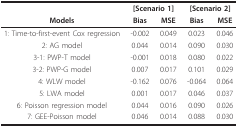
|  | <COLSPAN=2> [Scenario 1] | <COLSPAN=2> [Scenario 2] |
 | Models | Bias | MSE | Bias | MSE |
 | --- | --- | --- | --- | --- |
 | 1: Time-to-first-event Cox regression | -0.002 | 0.049 | 0.023 | 0.046 |
 | 2: AG model | 0.044 | 0.014 | 0.090 | 0.030 |
 | 3-1: PWP-T model | -0.001 | 0.018 | 0.080 | 0.022 |
 | 3-2: PWP-G model | 0.007 | 0.017 | 0.101 | 0.029 |
 | 4: WLW model | -0.162 | 0.076 | -0.064 | 0.064 |
 | 5: LWA model | 0.001 | 0.017 | 0.046 | 0.037 |
 | 6: Poisson regression model | 0.044 | 0.016 | 0.090 | 0.026 |
 | 7: GEE-Poisson model | 0.046 | 0.014 | 0.088 | 0.030 |